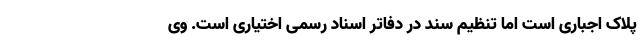
پلاک اجباری است اما تنظیم سند در دفاتر اسناد رسمی اختیاری است. وی